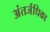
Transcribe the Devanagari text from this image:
अंतर्जधिका